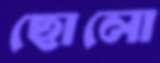
ছোলো